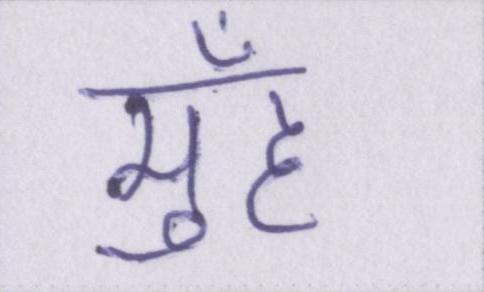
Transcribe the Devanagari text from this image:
मुहँ